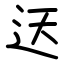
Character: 迗